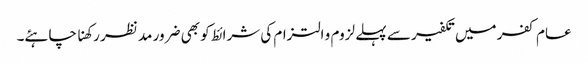
عام کفر میں تکفیر سے پہلے لزوم و التزام کی شرائط کو بھی ضرور مد نظر رکھنا چاہئے۔